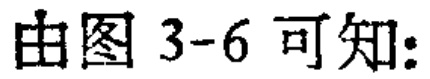
由图 3-6 可知: